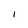
Character: 1